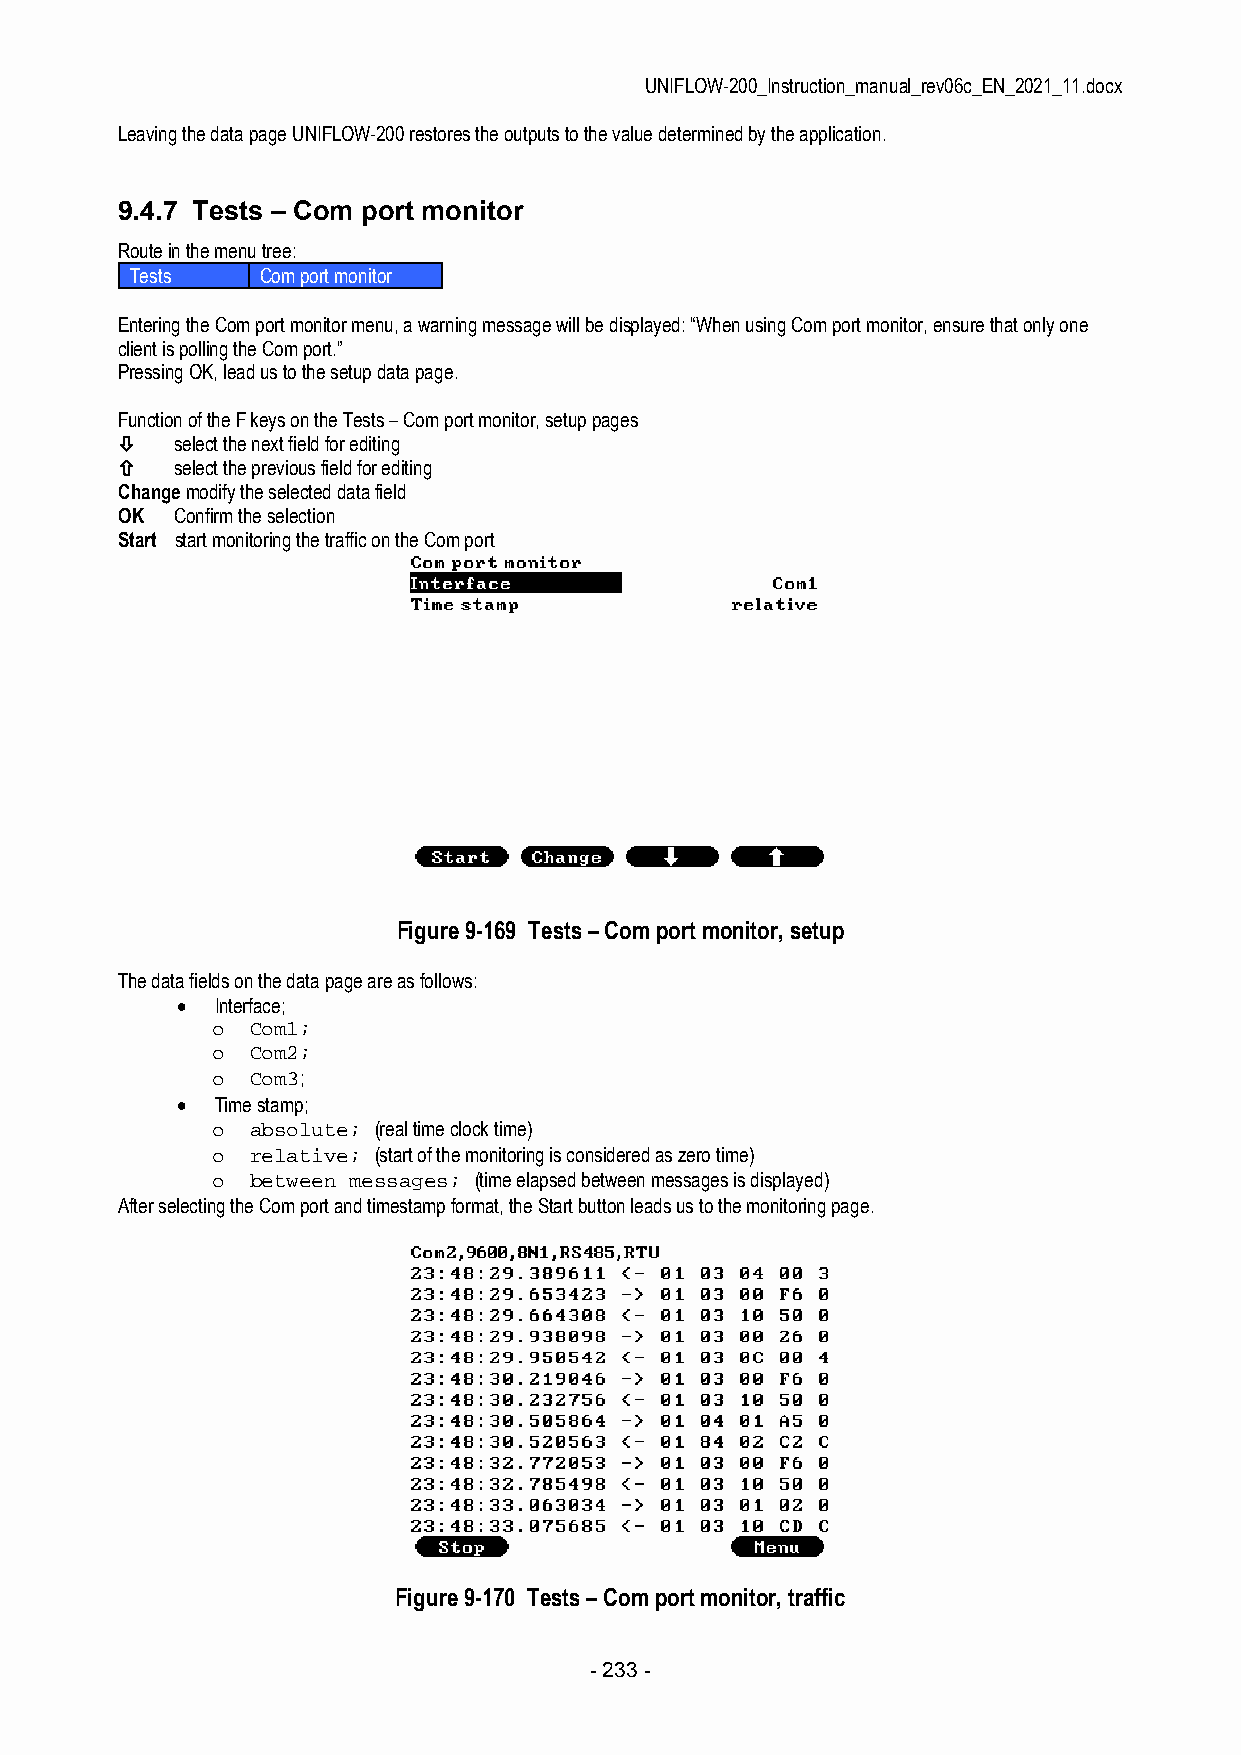
UNIFLOW-200_Instruction_manual_rev06c_EN_2021_11.docx
 Leaving the data page UNIFLOW-200 restores the outputs to the value determined by the application.
 9.4.7 Tests – Com port monitor
 Route in the menu tree:
 Tests   Com port monitor
 Entering the Com port monitor menu, a warning message will be displayed: “When using Com port monitor, ensure that only one
 client is polling the Com port.”
 Pressing OK, lead us to the setup data page.
 Function of the F keys on the Tests – Com port monitor, setup pages
    select the next field for editing
    select the previous field for editing
 Change modify the selected data field
 OK  Confirm the selection
 Start start monitoring the traffic on the Com port
 Figure 9-169 Tests – Com port monitor, setup
 The data fields on the data page are as follows:
  Interface;
 o  Com1;
 o  Com2;
 o  Com3;
  Time stamp;
 o  absolute; (real time clock time)
 o  relative; (start of the monitoring is considered as zero time)
 o  between messages; (time elapsed between messages is displayed)
 After selecting the Com port and timestamp format, the Start button leads us to the monitoring page.
 Figure 9-170 Tests – Com port monitor, traffic
 - 233 -